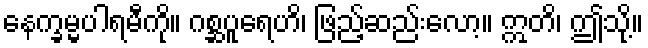
နေက္ခမ္မပါရမီကို။ ဂစ္ဆပူရေဟိ၊ ဖြည့်ဆည်းလော့။ ဣတိ၊ ဤသို့။